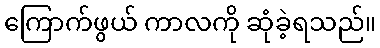
ကြောက်ဖွယ် ကာလကို ဆုံခဲ့ရသည်။